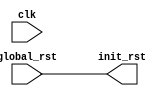
`timescale 1ns / 1ps
//////////////////////////////////////////////////////////////////////////////////
// Company:
// Engineer:
//
// Create Date:
// Design Name:
// Module Name: Boot
// Project Name:
// Target Devices:
// Tool Versions:
// Description:
//
// Dependencies:
//
// Revision:
// Revision 0.01 - File Created
// Additional Comments:
//
//////////////////////////////////////////////////////////////////////////////////


module Boot (
    input  clk,
    input  global_rst,
    output init_rst
);
  //TODO: global_rstinit_rst
  //TODO: 0x80000000init_rst
  //TODO: c++
  //TODO: ROMFlashSD
  assign init_rst = global_rst;
endmodule